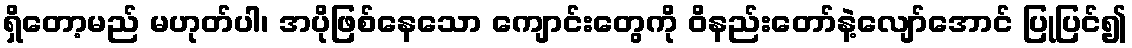
ရှိတော့မည် မဟုတ်ပါ၊ အပိုဖြစ်နေသော ကျောင်းတွေကို ဝိနည်းတော်နဲ့လျော်အောင် ပြုပြင်၍